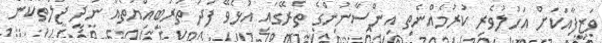
ވަޒީފާއަކަށް އަހުލުވެރި ކުރުމެއްނެތި އިންސާނުންގެ ތެރޭގައި އުޅެވޭ ފަދަ ތަރުބިއްޔަތެއް ނުދީ ޖަލުތަކުން